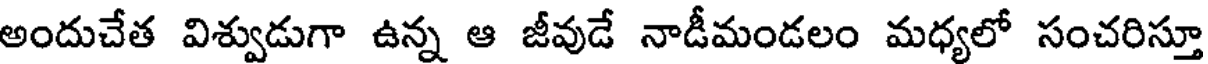
అందుచేత విశ్వుడుగా ఉన్న ఆ జీవుడే నాడీమండలం మధ్యలో సంచరిస్తూ